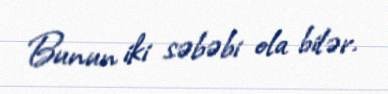
Bunun iki səbəbi ola bilər.